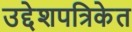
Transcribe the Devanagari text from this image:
उद्देशपत्रिकेत